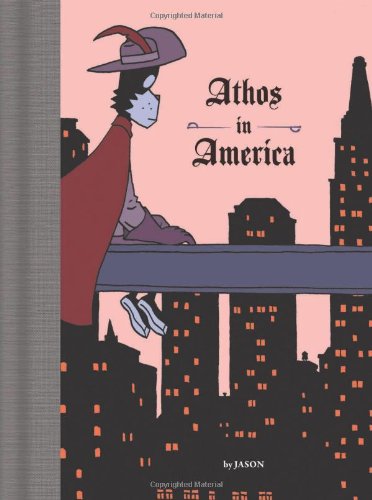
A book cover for Athos in America; Jason; Comics & Graphic Novels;